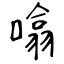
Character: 噏